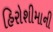
હિરોશીમાની